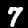
Label: 7